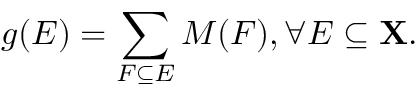
g ( E ) = \sum _ { F \subseteq E } M ( F ) , \forall E \subseteq \mathbf { X } .